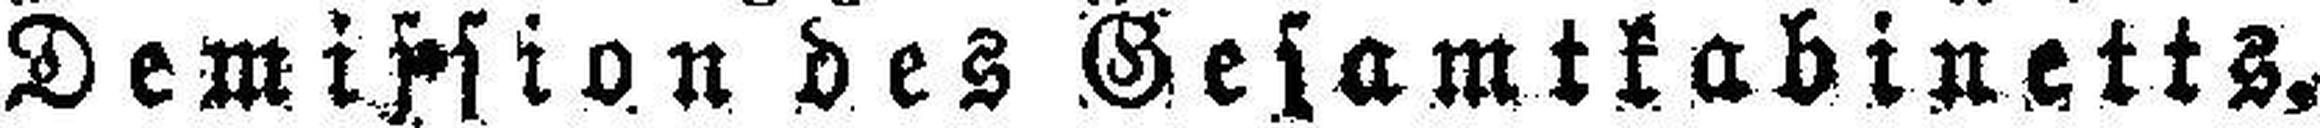
Demission des Gesamtkabinetts.